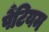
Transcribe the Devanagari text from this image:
पैंटियम